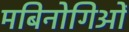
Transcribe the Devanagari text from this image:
मबिनोगिओं